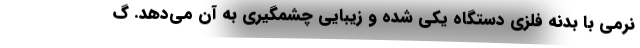
نرمی با بدنه فلزی دستگاه یکی شده و زیبایی چشمگیری به آن می‌دهد. گ